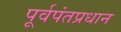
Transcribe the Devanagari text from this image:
पूर्वपंतप्रधान